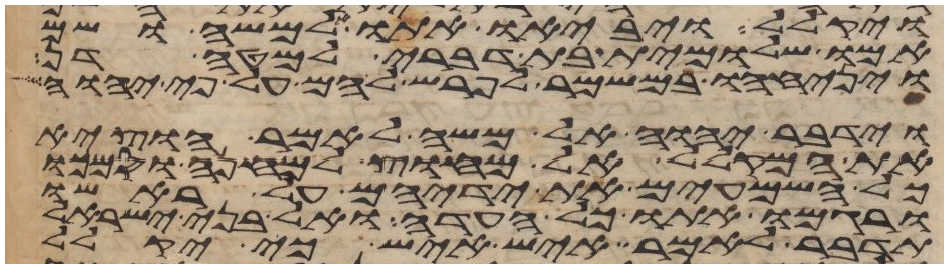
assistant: ויקלל ויביאו אתו אל משה ושם
אמו שלומית בת דברי למטה דן
ויניחהו במשמר לפרש להם על פי יהוה
וידבר יהוה אל משה לאמר הוציא
את המקלל אל מחוץ למחנה וסמכו
כל השמעים את ידיהם על ראשו
ורגמו אתו כל העדה ואל בני ישראל
תדבר לאמר איש איש כי יקלל